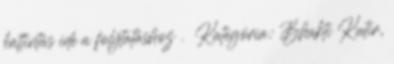
kattintás ide a folytatáshoz . → Kategória: Bhakti Kutir,